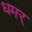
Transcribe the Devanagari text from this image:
धमर्